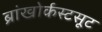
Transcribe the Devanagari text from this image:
ब्रांखोर्कस्टसूट